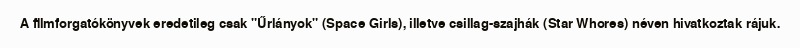
A filmforgatókönyvek eredetileg csak "Űrlányok" (Space Girls), illetve csillag-szajhák (Star Whores) néven hivatkoztak rájuk.